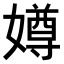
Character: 𫱵